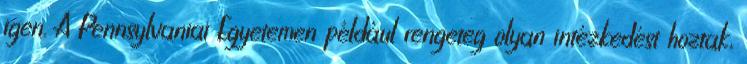
igen. A Pennsylvaniai Egyetemen például rengeteg olyan intézkedést hoztak,